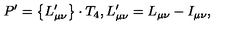
P ^ { \prime } = \left\{ L _ { \mu \nu } ^ { \prime } \right\} \cdot T _ { 4 } , L _ { \mu \nu } ^ { \prime } = L _ { \mu \nu } - I _ { \mu \nu } ,